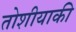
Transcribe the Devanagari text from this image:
तोशीयाकी